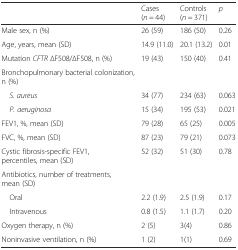
<table><thead><tr><td></td><td><b>Cases (<i>n</i> = 44)</b></td><td><b>Controls (<i>n</i> = 371)</b></td><td><b><i>p</i></b></td></tr></thead><tbody><tr><td>Male sex, n (%)</td><td>26 (59)</td><td>186 (50)</td><td>0.26</td></tr><tr><td>Age, years, mean (SD)</td><td>14.9 (11.0)</td><td>20.1 (13.2)</td><td>0.01</td></tr><tr><td>Mutation <i>CFTR</i> ∆F508/∆F508, n (%)</td><td>19 (43)</td><td>150 (40)</td><td>0.41</td></tr><tr><td>Bronchopulmonary bacterial colonization, n (%)</td><td></td><td></td><td></td></tr><tr><td> <i>S. aureus</i></td><td>34 (77)</td><td>234 (63)</td><td>0.063</td></tr><tr><td> <i>P. aeruginosa</i></td><td>15 (34)</td><td>195 (53)</td><td>0.021</td></tr><tr><td>FEV1, %, mean (SD)</td><td>79 (28)</td><td>65 (25)</td><td>0.005</td></tr><tr><td>FVC, %, mean (SD)</td><td>87 (23)</td><td>79 (21)</td><td>0.073</td></tr><tr><td>Cystic fibrosis-specific FEV1, percentiles, mean (SD)</td><td>52 (32)</td><td>51 (30)</td><td>0.78</td></tr><tr><td>Antibiotics, number of treatments, mean (SD)</td><td></td><td></td><td></td></tr><tr><td> Oral</td><td>2.2 (1.9)</td><td>2.5 (1.9)</td><td>0.17</td></tr><tr><td> Intravenous</td><td>0.8 (1.5)</td><td>1.1 (1.7)</td><td>0.20</td></tr><tr><td>Oxygen therapy, n (%)</td><td>2 (5)</td><td>3(4)</td><td>0.86</td></tr><tr><td>Noninvasive ventilation, n (%)</td><td>1 (2)</td><td>1(1)</td><td>0.69</td></tr></tbody></table>